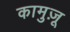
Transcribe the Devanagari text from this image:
कामुज़ू